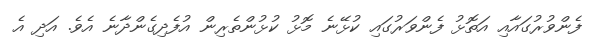
ފެންވުރުގައާއި އަތޮޅު ފެންވަރުގައި ކުޅޭނެ މޮޅު ކުޅުންތެރިން އުފެދިގެންދާނެ އެވެ. އަދި އެ